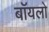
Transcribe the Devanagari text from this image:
बॉयलो